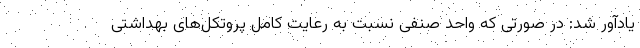
یادآور شد: در صورتی که واحد صنفی نسبت به رعایت کامل پروتکل‌های بهداشتی